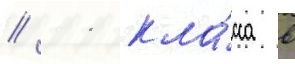
// 11 кла́сса в